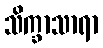
သိက္ခာသာရာ